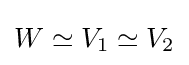
W\simeq V_{1}\simeq V_{2}